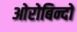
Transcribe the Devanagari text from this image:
ओरोबिन्दो